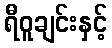
ရီဝူချင်းနှင့်